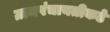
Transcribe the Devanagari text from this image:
ग्रामपंचायतीकडे